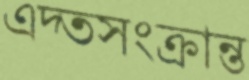
এদ্তসংক্রান্ত